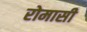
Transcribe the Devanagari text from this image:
रोमासी